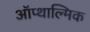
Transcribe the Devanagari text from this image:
ऑप्थाल्मिक